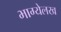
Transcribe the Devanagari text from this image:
भाग्येलख